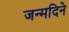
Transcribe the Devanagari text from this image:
जन्मदिने